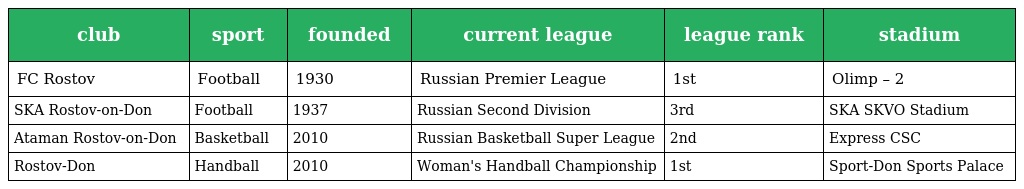
| club | sport | founded | current league | league rank | stadium |
 | --- | --- | --- | --- | --- | --- |
 | FC Rostov | Football | 1930 | Russian Premier League | 1st | Olimp – 2 |
 | SKA Rostov-on-Don | Football | 1937 | Russian Second Division | 3rd | SKA SKVO Stadium |
 | Ataman Rostov-on-Don | Basketball | 2010 | Russian Basketball Super League | 2nd | Express CSC |
 | Rostov-Don | Handball | 2010 | Woman's Handball Championship | 1st | Sport-Don Sports Palace |